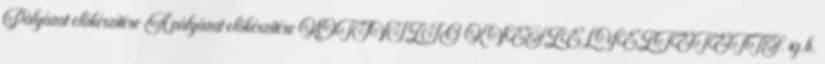
Pályázat előkészítése A pályázat előkészítése KÖTIVIZIG K VESZÉLYEZTETETTS. ig.h.